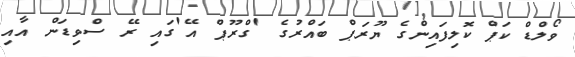
ވޯލްޑް ކަޕް ކޮލިފައިންގެ ޔޫރަޕް ބައްރުގެ 'ގްރޫޕް އޭ'ގައި ރޭ ސްވިޑަން އާއި